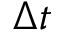
\Delta t